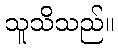
သူသိသည်။